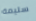
سليمة